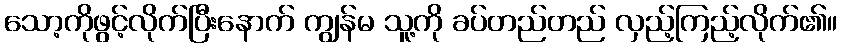
သော့ကိုဖွင့်လိုက်ပြီးနောက် ကျွန်မ သူ့ကို ခပ်တည်တည် လှည့်ကြည့်လိုက်၏။